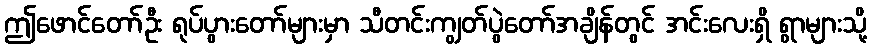
ဤဖောင်တော်ဦး ရုပ်ပွားတော်များမှာ သီတင်းကျွတ်ပွဲတော်အချိန်တွင် အင်းလေးရှိ ရွာများသို့